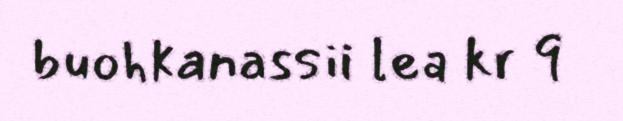
buohkanassii lea kr 9